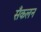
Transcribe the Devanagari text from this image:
सँकलन